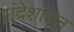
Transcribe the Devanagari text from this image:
संदेशांतून